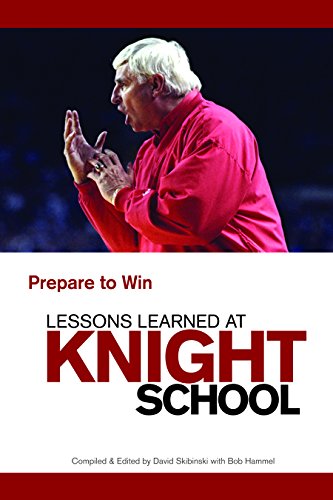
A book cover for Lessons Learned at Knight School: Prepare to Win; David J. Skibinski; Sports & Outdoors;